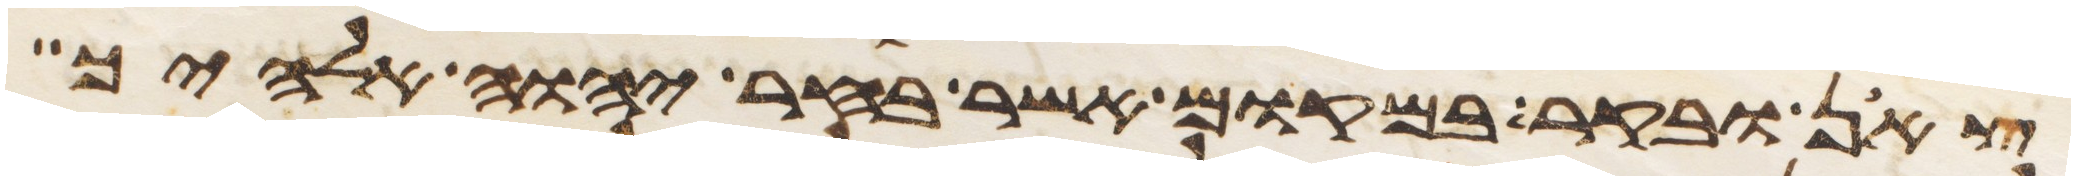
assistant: צאן ובקר במקום אשר בחר יהוה אלהיך